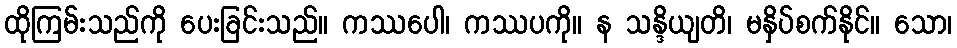
ထိုကြမ်းသည်ကို ပေးခြင်းသည်။ ကဿပေါ၊ ကဿပကို။ န သန္ဒိယျတိ၊ မနှိပ်စက်နိုင်။ သော၊